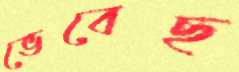
ভেবেছ